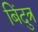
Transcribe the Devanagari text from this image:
बिंदुत्र